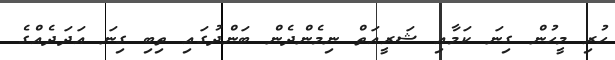
ހުރި މީހުން ގިނަ ކަމާއި ޝަރީއަތް ނިމެންދެން ބަންދުގައި ތިބި ގިނަ އަދަދެއްގެ